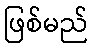
ဖြစ်မည်